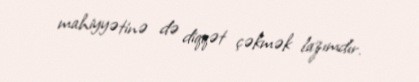
mahiyyətinə də diqqət çəkmək lazımdır.